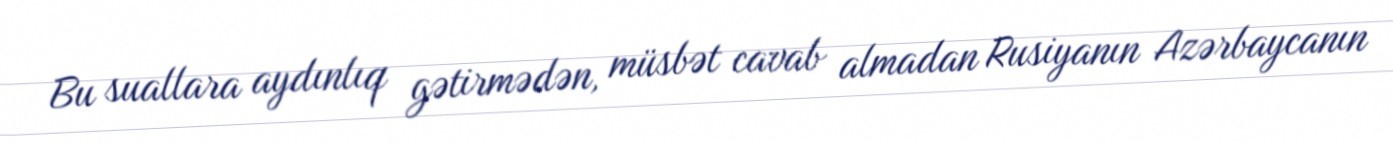
Bu suallara aydınlıq gətirmədən, müsbət cavab almadan Rusiyanın Azərbaycanın